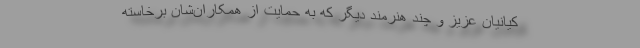
کیانیان عزیز و چند هنرمند دیگر که به حمایت از همکاران‌شان برخاسته